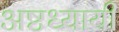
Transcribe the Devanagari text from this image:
अष्टध्यायी